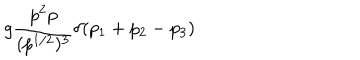
g \frac { p ^ { 2 } p } { ( p ^ { 1 / 2 } ) ^ { 3 } } \delta ( p _ { 1 } + p _ { 2 } - p _ { 3 } )